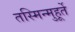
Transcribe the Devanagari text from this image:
तस्मिन्मुहूर्ते